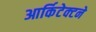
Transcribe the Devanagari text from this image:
आर्किटेक्‍टने